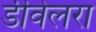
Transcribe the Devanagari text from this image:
डीवेलरा